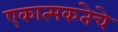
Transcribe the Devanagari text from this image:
एकात्मकतेचे